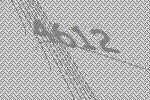
4612